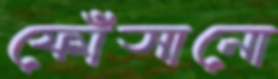
ফোঁসানো